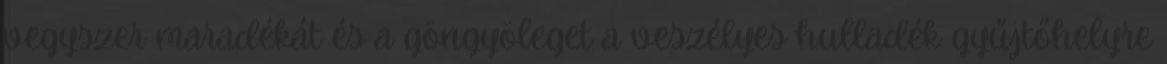
vegyszer maradékát és a göngyöleget a veszélyes hulladék gyűjtőhelyre